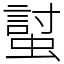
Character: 𧏛